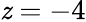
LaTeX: \mathit{z}=-4